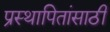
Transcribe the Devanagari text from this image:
प्रस्थापितांसाठी